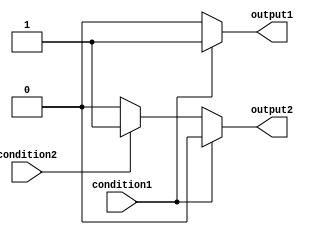
module Generate_If_Else(
    input condition1,
    input condition2,
    output reg output1,
    output reg output2
);

always @* begin
    if (condition1) begin
        output1 = 1;
        output2 = 0;
    end
    else if (condition2) begin
        output1 = 0;
        output2 = 1;
    end
    else begin
        output1 = 0;
        output2 = 0;
    end
end

endmodule